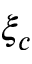
\xi _ { c }